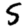
Digit: 5